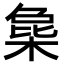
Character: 𣔵